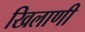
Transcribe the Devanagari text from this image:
खिलाणी